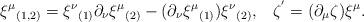
LaTeX: \begin{align*}\xi^\mu{}_{(1,2)}=\xi^\nu{}_{(1)}\partial_\nu\xi^\mu{}_{(2)}- (\partial_\nu\xi^\mu{}_{(1)})\xi^\nu{}_{(2)},\;\;\; \zeta^{'}=(\partial_\mu\zeta)\xi^\mu.\end{align*}